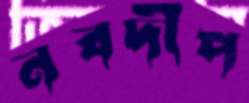
নবদীপ